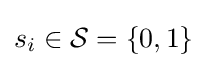
s_{i}\in {\mathcal {S}}=\{0,1\}